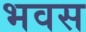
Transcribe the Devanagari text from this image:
भवस